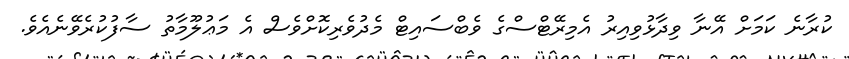
ކުރާނެ ކަމަށް އޭނާ ވިދާޅުވިއިރު އެމިރޭޓްސްގެ ވެބްސައިޓް މެދުވެރިކޮށްވެސް އެ މަޢުލޫމާތު ސާފުކުރެވޭނެއެވެ.